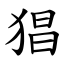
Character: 猖